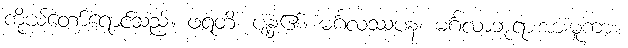
ကိုယ်တော်ရောင်သည်။ ဖရတိ၊ ပျံ့နှံ့၏။ မင်္ဂလဿပန၊ မင်္ဂလာဘုရားအားမူကား။